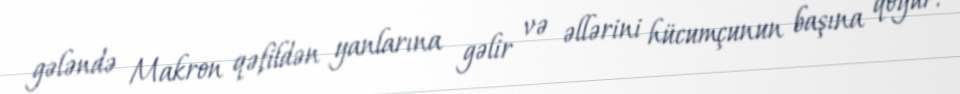
gələndə Makron qəfildən yanlarına gəlir və əllərini hücumçunun başına qoyur.